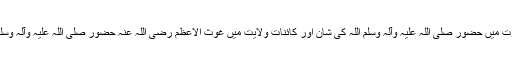
کائنات نبوت میں حضور صلی اللہ علیہ وآلہ وسلم اللہ کی شان اور کائنات ولایت میں غوث الاعظم رضی اللہ عنہ حضور صلی اللہ علیہ وآلہ وسلم کی شان۔